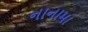
નાનામા